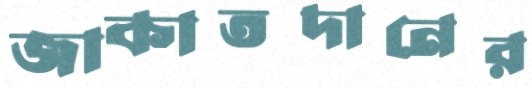
জাকাতদানের